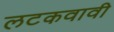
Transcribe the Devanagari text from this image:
लटकवावी